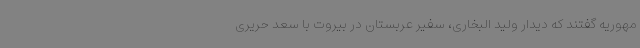
مهوریه گفتند که دیدار ولید البخاری، سفیر عربستان در بیروت با سعد حریری